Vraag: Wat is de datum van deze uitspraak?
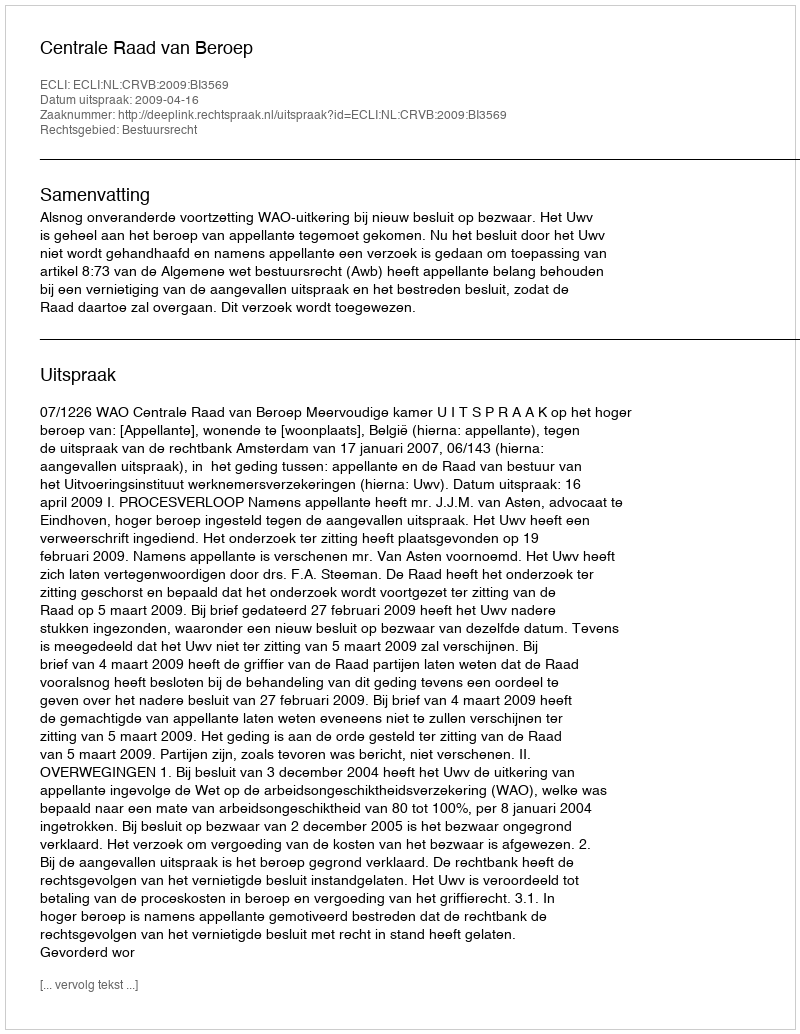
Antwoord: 2009-04-16